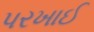
પરખાઈ